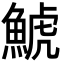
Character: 鯱